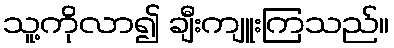
သူ့ကိုလာ၍ ချီးကျူးကြသည်။